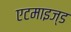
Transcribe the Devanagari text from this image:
एटमाइज्ड